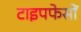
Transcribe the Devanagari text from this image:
टाइपफेसों